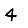
Digit: 4